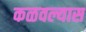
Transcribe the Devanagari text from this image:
कळवल्यास